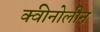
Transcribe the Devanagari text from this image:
क्वीनोलीन